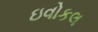
ઇવોકલ